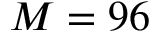
M = 9 6